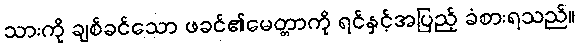
သားကို ချစ်ခင်သော ဖခင်၏မေတ္တာကို ရင်နှင့်အပြည့် ခံစားရသည်။